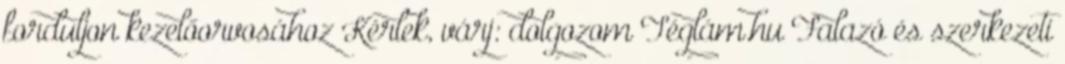
forduljon kezelőorvosához Kérlek, várj: dolgozom Téglám.hu Falazó és szerkezeti